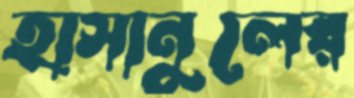
হাসানুলের